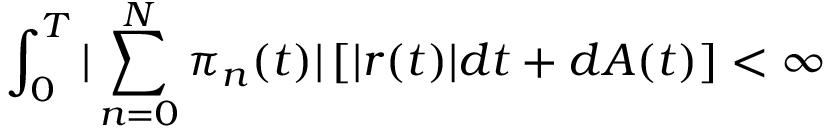
\int _ { 0 } ^ { T } | \sum _ { n = 0 } ^ { N } \pi _ { n } ( t ) | \left[ | r ( t ) | d t + d A ( t ) \right] < \infty